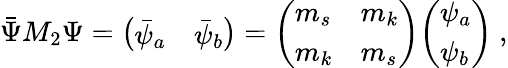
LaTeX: \bar{\Psi}M_{2}\Psi={\left(\begin{array}{ll}{{\bar{\psi}_{a}}}&{{\bar{\psi}_{b}}}\end{array}\right)=\left(\begin{array}{ll}{{m_{s}}}&{{m_{k}}}\\ {{m_{k}}}&{{m_{s}}}\end{array}\right)}{\left(\begin{array}{l}{{\psi_{a}}}\\ {{\psi_{b}}}\end{array}\right)}~,